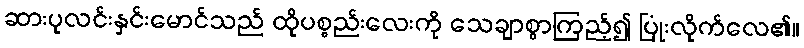
ဆားပုလင်းနှင်းမောင်သည် ထိုပစ္စည်းလေးကို သေချာစွာကြည့်၍ ပြုံးလိုက်လေ၏။